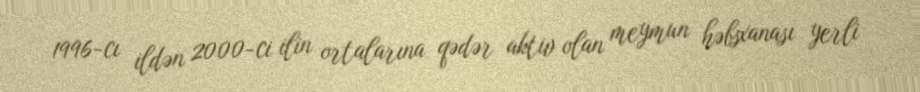
1996-cı ildən 2000-ci ilin ortalarına qədər aktiv olan meymun həbsxanası yerli